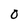
Character: O